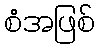
စံအဖြစ်